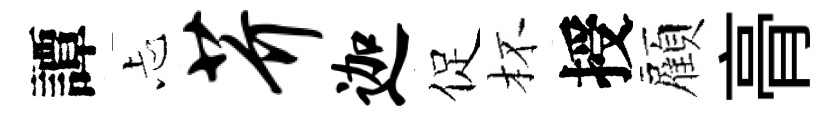
譚忐芥迦促杯授顏𮌔